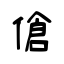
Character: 傖